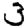
Digit: 3